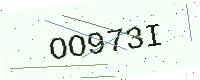
Text: OO973I